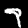
Digit: 7